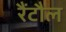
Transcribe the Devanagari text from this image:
रैंटौल